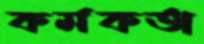
কর্মকর্তা